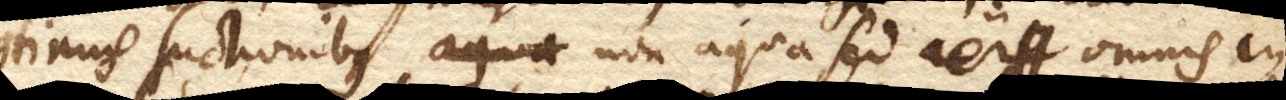
continuis suctionibus non aqua, sed aer omnis in